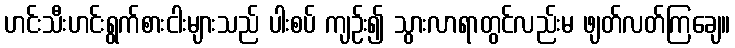
ဟင်းသီးဟင်းရွက်စားငါးများသည် ပါးစပ် ကျဉ်း၍ သွားလာရာတွင်လည်းမ ဖျတ်လတ်ကြချေ။